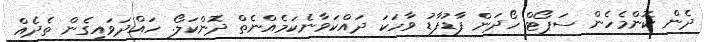
ދެން ކޮންމެހެން ސަޕޯޓް ހޯދަން ފާޑުފާޑު ވާހަކަ ދައްކަވާނެކަމެއްނެތް ދޮންކަލޯ. ހައްދަވައިގެން ތެދެއް